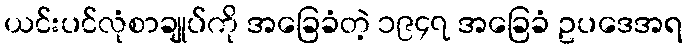
ယင်းပင်လုံစာချုပ်ကို အခြေခံတဲ့ ၁၉၄၇ အခြေခံ ဥပဒေအရ